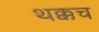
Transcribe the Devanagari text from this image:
थक्कच